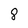
Character: 8